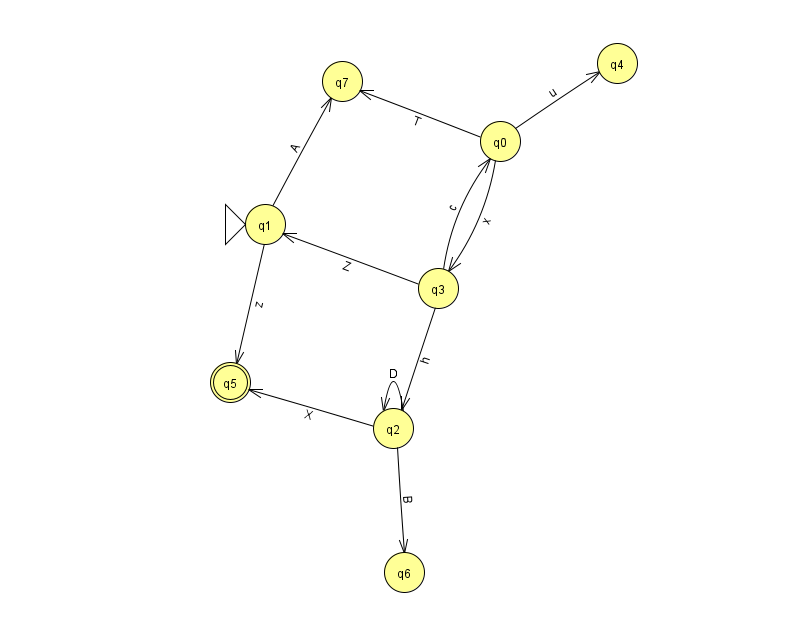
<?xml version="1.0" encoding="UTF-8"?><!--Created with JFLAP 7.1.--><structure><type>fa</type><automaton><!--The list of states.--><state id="0" name="q0"><x>500.0</x><y>128.0</y></state><state id="1" name="q1"><x>265.0</x><y>211.0</y><initial/></state><state id="2" name="q2"><x>393.0</x><y>415.0</y></state><state id="3" name="q3"><x>438.0</x><y>275.0</y></state><state id="4" name="q4"><x>617.0</x><y>50.0</y></state><state id="5" name="q5"><x>230.0</x><y>369.0</y><final/></state><state id="6" name="q6"><x>404.0</x><y>559.0</y></state><state id="7" name="q7"><x>342.0</x><y>68.0</y></state><!--The list of transitions.--><transition><from>3</from><to>1</to><read>Z</read></transition><transition><from>0</from><to>3</to><read>x</read></transition><transition><from>1</from><to>7</to><read>A</read></transition><transition><from>2</from><to>5</to><read>X</read></transition><transition><from>2</from><to>2</to><read>D</read></transition><transition><from>0</from><to>7</to><read>T</read></transition><transition><from>3</from><to>0</to><read>c</read></transition><transition><from>0</from><to>4</to><read>u</read></transition><transition><from>1</from><to>5</to><read>z</read></transition><transition><from>2</from><to>6</to><read>B</read></transition><transition><from>3</from><to>2</to><read>h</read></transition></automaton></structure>